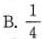
B.\frac{1}{4}